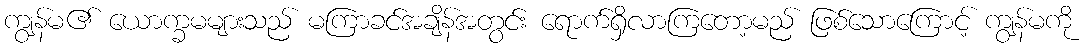
ကျွန်မ၏ ယောက္ခမများသည် မကြာခင်အချိန်အတွင်း ရောက်ရှိလာကြတော့မည် ဖြစ်သောကြောင့် ကျွန်မကို